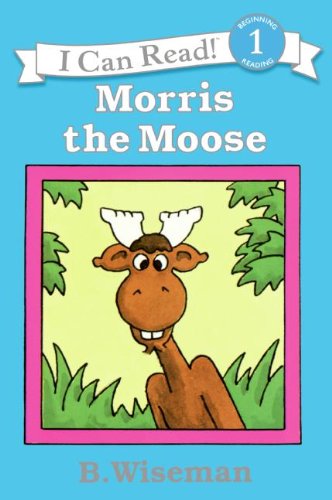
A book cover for Morris the Moose (I Can Read Level 1); B. Wiseman; Children's Books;